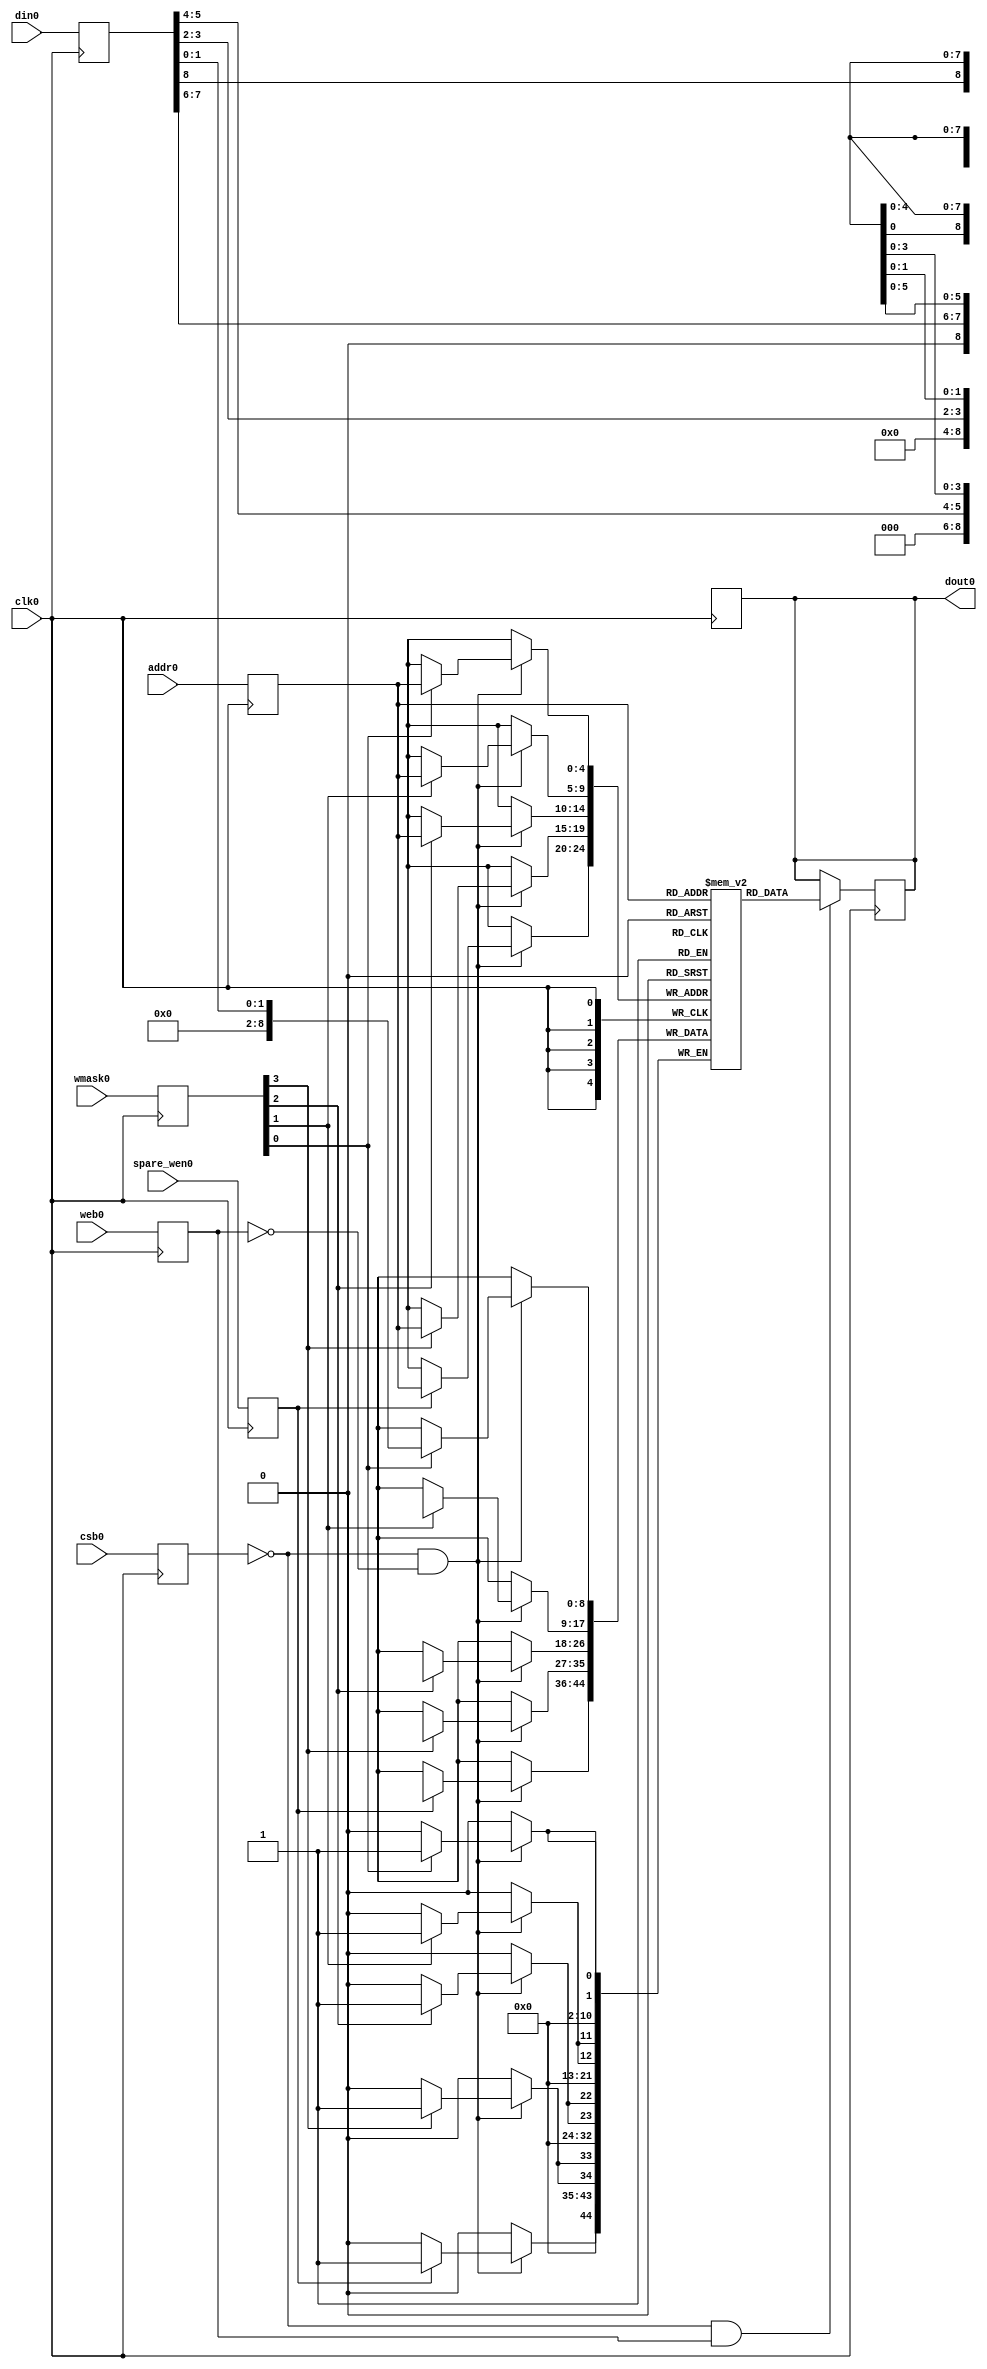
/// sta-blackbox
// OpenRAM SRAM model
// Words: 16
// Word size: 8
// Write size: 2

module sky130_sram_1rw_tiny(
`ifdef USE_POWER_PINS
    vccd1,
    vssd1,
`endif
// Port 0: RW
    clk0,csb0,web0,wmask0,spare_wen0,addr0,din0,dout0
  );

  parameter NUM_WMASKS = 4 ;
  parameter DATA_WIDTH = 9 ;
  parameter ADDR_WIDTH = 5 ;
  parameter RAM_DEPTH = 1 << ADDR_WIDTH;
  // FIXME: This delay is arbitrary.
  parameter DELAY = 3 ;
  parameter VERBOSE = 1 ; //Set to 0 to only display warnings
  parameter T_HOLD = 1 ; //Delay to hold dout value after posedge. Value is arbitrary

`ifdef USE_POWER_PINS
    inout vccd1;
    inout vssd1;
`endif
  input  clk0; // clock
  input   csb0; // active low chip select
  input  web0; // active low write control
  input [ADDR_WIDTH-1:0]  addr0;
  input [NUM_WMASKS-1:0]   wmask0; // write mask
  input           spare_wen0; // spare mask
  input [DATA_WIDTH-1:0]  din0;
  output [DATA_WIDTH-1:0] dout0;

  reg [DATA_WIDTH-1:0]    mem [0:RAM_DEPTH-1];

  reg  csb0_reg;
  reg  web0_reg;
  reg [NUM_WMASKS-1:0]   wmask0_reg;
  reg spare_wen0_reg;
  reg [ADDR_WIDTH-1:0]  addr0_reg;
  reg [DATA_WIDTH-1:0]  din0_reg;
  reg [DATA_WIDTH-1:0]  dout0;

  // All inputs are registers
  always @(posedge clk0)
  begin
    csb0_reg = csb0;
    web0_reg = web0;
    wmask0_reg = wmask0;
    spare_wen0_reg = spare_wen0;
    addr0_reg = addr0;
    din0_reg = din0;
    #(T_HOLD) dout0 = 8'bx;
    if ( !csb0_reg && web0_reg && VERBOSE )
      $display($time," Reading %m addr0=%b dout0=%b",addr0_reg,mem[addr0_reg]);
    if ( !csb0_reg && !web0_reg && VERBOSE )
      $display($time," Writing %m addr0=%b din0=%b wmask0=%b",addr0_reg,din0_reg,wmask0_reg);
  end


  // Memory Write Block Port 0
  // Write Operation : When web0 = 0, csb0 = 0
  always @ (negedge clk0)
  begin : MEM_WRITE0
    if ( !csb0_reg && !web0_reg ) begin
        if (wmask0_reg[0])
                mem[addr0_reg][1:0] = din0_reg[1:0];
        if (wmask0_reg[1])
                mem[addr0_reg][3:2] = din0_reg[3:2];
        if (wmask0_reg[2])
                mem[addr0_reg][5:4] = din0_reg[5:4];
        if (wmask0_reg[3])
                mem[addr0_reg][7:6] = din0_reg[7:6];
        if (spare_wen0_reg)
                mem[addr0_reg][8] = din0_reg[8];
    end
  end

  // Memory Read Block Port 0
  // Read Operation : When web0 = 1, csb0 = 0
  always @ (negedge clk0)
  begin : MEM_READ0
    if (!csb0_reg && web0_reg)
       dout0 <= #(DELAY) mem[addr0_reg];
  end

endmodule